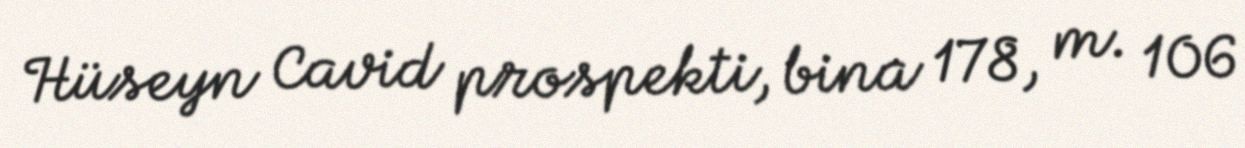
Hüseyn Cavid prospekti, bina 178, m. 106